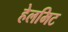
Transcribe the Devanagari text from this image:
हेलमिट